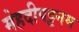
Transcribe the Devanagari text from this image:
मेहदीपट्टनम